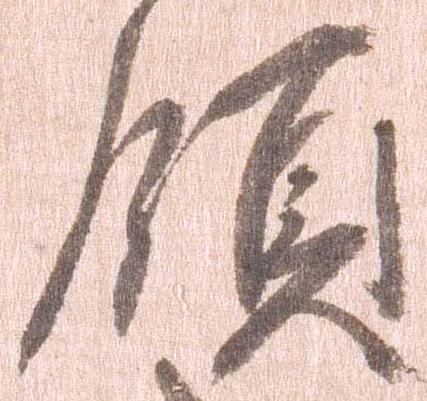
領